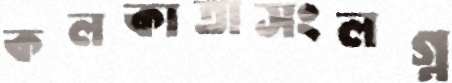
কলকাতাসংলগ্ন